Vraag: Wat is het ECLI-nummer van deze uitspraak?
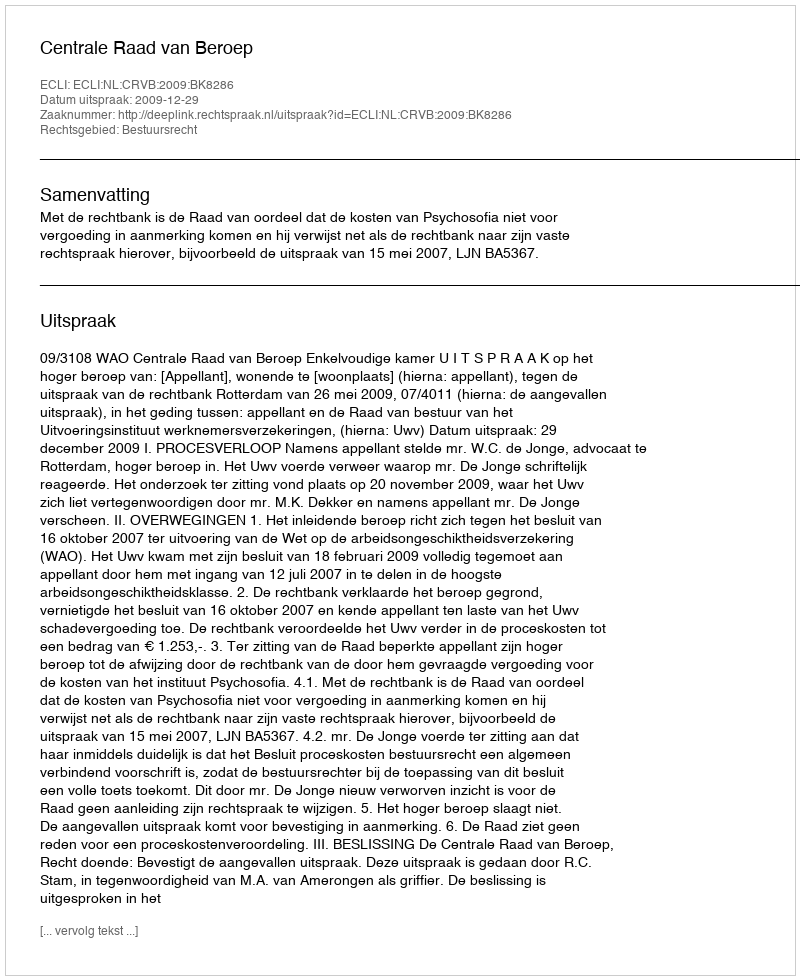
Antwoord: ECLI:NL:CRVB:2009:BK8286